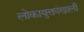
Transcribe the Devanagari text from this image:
लोकायुक्तांखाली